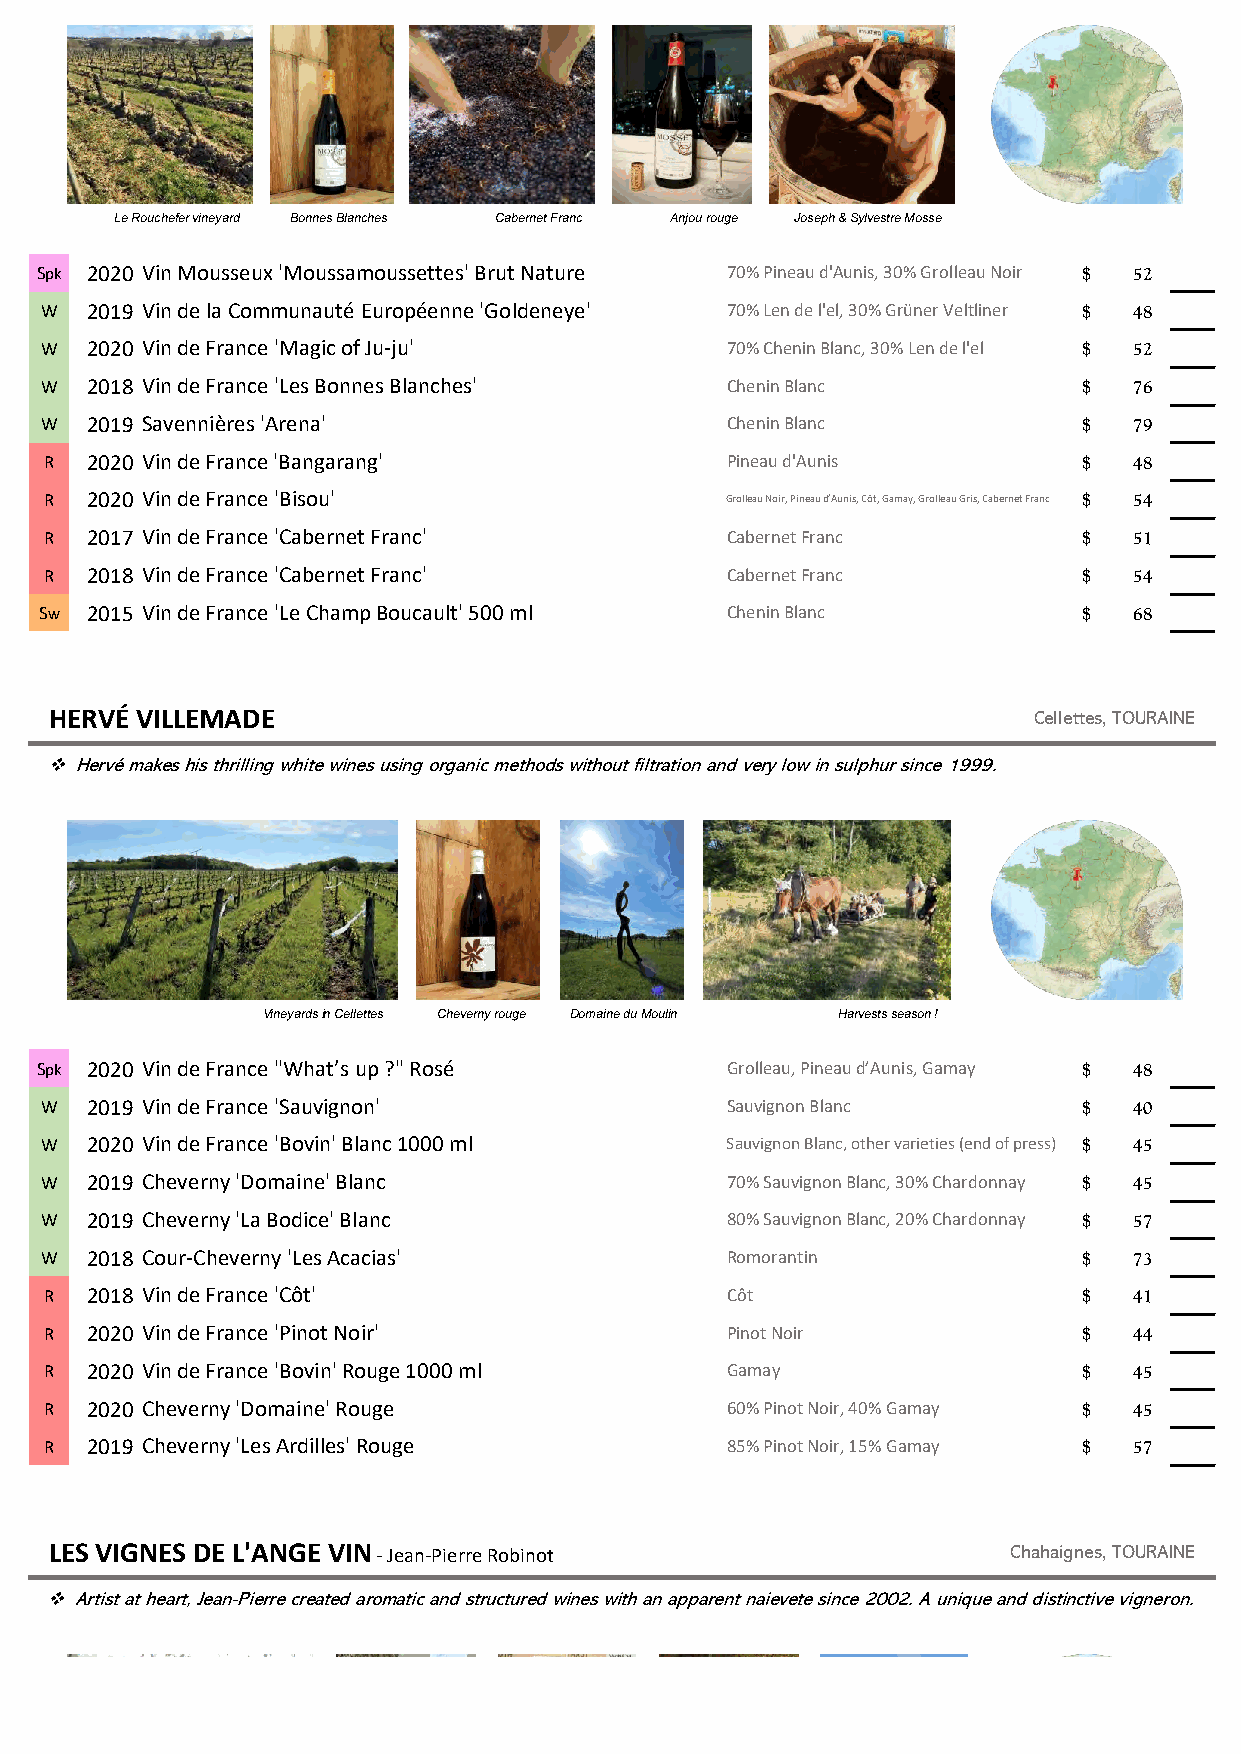
Le Rouchefer vineyard Bonnes Blanches Cabernet Franc Anjou rouge Joseph & Sylvestre Mosse
 Spk 2020 Vin Mousseux 'Moussamoussettes' Brut Nature 70% Pineau d'Aunis, 30% Grolleau Noir $ 52
 W  2019 Vin de la Communauté Européenne 'Goldeneye' 70% Len de l'el, 30% Grüner Veltliner $ 48
 W  2020 Vin de France 'Magic of Ju-ju'       70% Chenin Blanc, 30% Len de l'el $ 52
 W  2018 Vin de France 'Les Bonnes Blanches'  Chenin Blanc            $  76
 W  2019 Savennières 'Arena'                  Chenin Blanc            $  79
 R  2020 Vin de France 'Bangarang'            Pineau d'Aunis          $  48
 R  2020 Vin de France 'Bisou'                Grolleau Noir, Pineau d’Aunis, Côt, Gamay, Grolleau Gris, Cabernet Franc $ 54
 R  2017 Vin de France 'Cabernet Franc'       Cabernet Franc          $  51
 R  2018 Vin de France 'Cabernet Franc'       Cabernet Franc          $  54
 Sw 2015 Vin de France 'Le Champ Boucault' 500 ml Chenin Blanc        $  68
 HERVÉ VILLEMADE                                                  Cellettes, TOURAINE
 ❖Hervé makes his thrilling white wines using organic methods without filtration and very low in sulphur since 1999.
 Vineyardsin Cellettes Cheverny rouge Domaine du Moulin Harvestsseason !
 Spk 2020 Vin de France "What’s up ?" Rosé     Grolleau, Pineau d’Aunis, Gamay $ 48
 W  2019 Vin de France 'Sauvignon'            Sauvignon Blanc         $  40
 W  2020 Vin de France 'Bovin' Blanc 1000 ml  Sauvignon Blanc, other varieties (end of press) $ 45
 W  2019 Cheverny 'Domaine' Blanc             70% Sauvignon Blanc, 30% Chardonnay $ 45
 W  2019 Cheverny 'La Bodice' Blanc           80% Sauvignon Blanc, 20% Chardonnay $ 57
 W  2018 Cour-Cheverny 'Les Acacias'          Romorantin              $  73
 R  2018 Vin de France 'Côt'                  Côt                     $  41
 R  2020 Vin de France 'Pinot Noir'           Pinot Noir              $  44
 R  2020 Vin de France 'Bovin' Rouge 1000 ml  Gamay                   $  45
 R  2020 Cheverny 'Domaine' Rouge             60% Pinot Noir, 40% Gamay $ 45
 R  2019 Cheverny 'Les Ardilles' Rouge        85% Pinot Noir, 15% Gamay $ 57
 LES VIGNES DE L'ANGE VIN - Jean-Pierre Robinot                  Chahaignes, TOURAINE
 ❖Artist at heart, Jean-Pierre created aromatic and structured wines with an apparent naievete since 2002. A unique and distinctive vigneron.